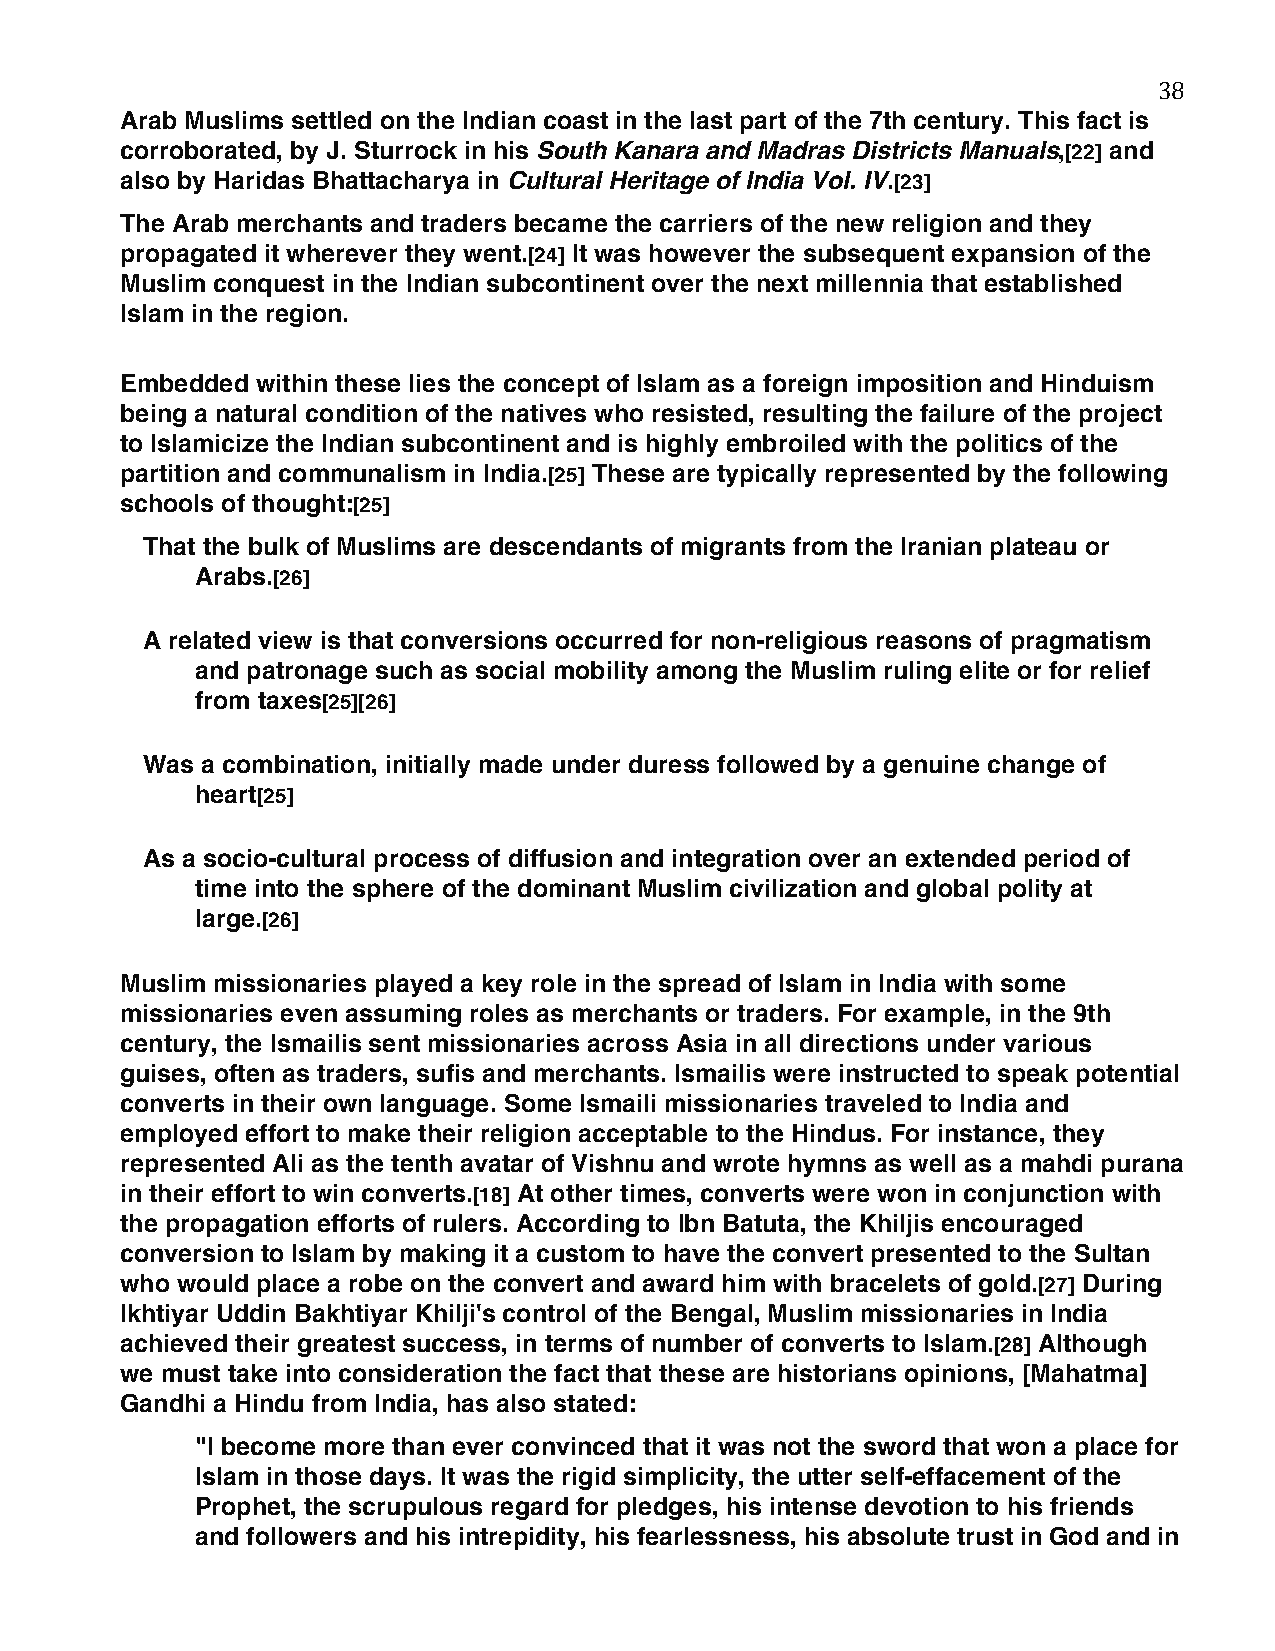
38
 Arab Muslims settled on the Indian coast in the last part of the 7th century. This fact is
 corroborated, by J. Sturrock in his South Kanara and Madras Districts Manuals,[22] and
 also by Haridas Bhattacharya in Cultural Heritage of India Vol. IV.[23]
 The Arab merchants and traders became the carriers of the new religion and they
 propagated it wherever they went.[24] It was however the subsequent expansion of the
 Muslim conquest in the Indian subcontinent over the next millennia that established
 Islam in the region.
 Embedded within these lies the concept of Islam as a foreign imposition and Hinduism
 being a natural condition of the natives who resisted, resulting the failure of the project
 to Islamicize the Indian subcontinent and is highly embroiled with the politics of the
 partition and communalism in India.[25] These are typically represented by the following
 schools of thought:[25]
 That the bulk of Muslims are descendants of migrants from the Iranian plateau or
 Arabs.[26]
 A related view is that conversions occurred for non-religious reasons of pragmatism
 and patronage such as social mobility among the Muslim ruling elite or for relief
 from taxes[25][26]
 Was a combination, initially made under duress followed by a genuine change of
 heart[25]
 As a socio-cultural process of diffusion and integration over an extended period of
 time into the sphere of the dominant Muslim civilization and global polity at
 large.[26]
 Muslim missionaries played a key role in the spread of Islam in India with some
 missionaries even assuming roles as merchants or traders. For example, in the 9th
 century, the Ismailis sent missionaries across Asia in all directions under various
 guises, often as traders, sufis and merchants. Ismailis were instructed to speak potential
 converts in their own language. Some Ismaili missionaries traveled to India and
 employed effort to make their religion acceptable to the Hindus. For instance, they
 represented Ali as the tenth avatar of Vishnu and wrote hymns as well as a mahdi purana
 in their effort to win converts.[18] At other times, converts were won in conjunction with
 the propagation efforts of rulers. According to Ibn Batuta, the Khiljis encouraged
 conversion to Islam by making it a custom to have the convert presented to the Sultan
 who would place a robe on the convert and award him with bracelets of gold.[27] During
 Ikhtiyar Uddin Bakhtiyar Khilji's control of the Bengal, Muslim missionaries in India
 achieved their greatest success, in terms of number of converts to Islam.[28] Although
 we must take into consideration the fact that these are historians opinions, [Mahatma]
 Gandhi a Hindu from India, has also stated:
 "I become more than ever convinced that it was not the sword that won a place for
 Islam in those days. It was the rigid simplicity, the utter self-effacement of the
 Prophet, the scrupulous regard for pledges, his intense devotion to his friends
 and followers and his intrepidity, his fearlessness, his absolute trust in God and in